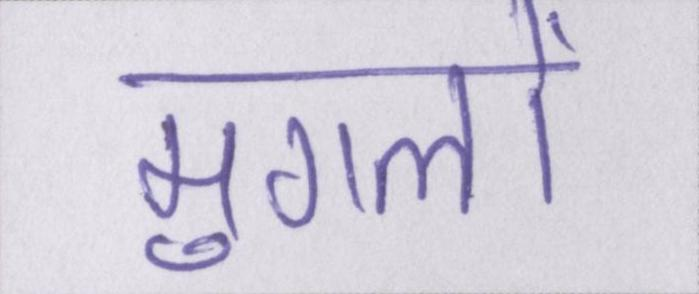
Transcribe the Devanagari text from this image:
मुगलों